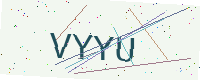
Text: VYYU